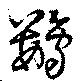
鸚